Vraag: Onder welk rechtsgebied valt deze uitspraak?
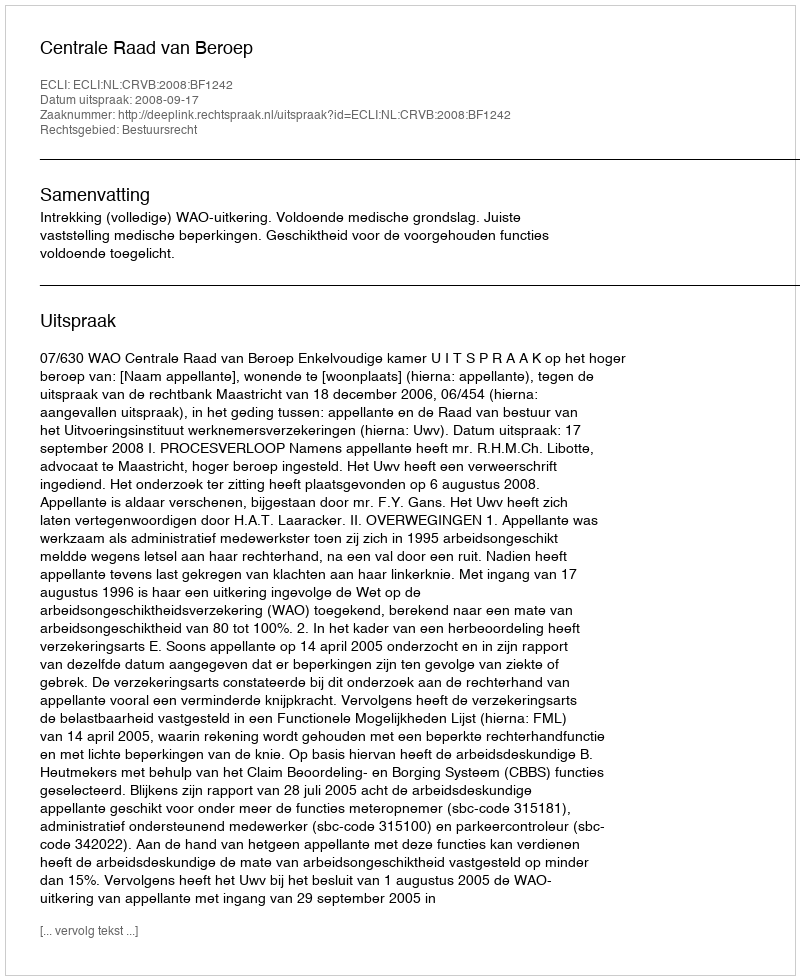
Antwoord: Bestuursrecht